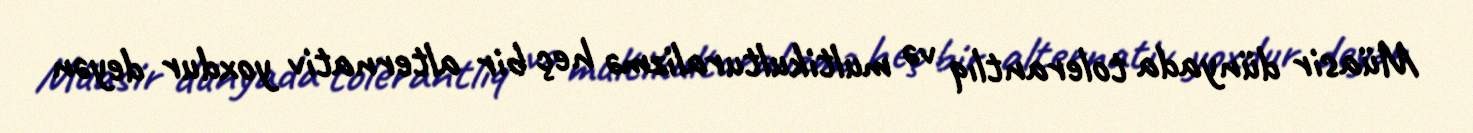
Müasir dünyada tolerantlıq və multikulturalizmə heç bir alternativ yoxdur deyən